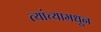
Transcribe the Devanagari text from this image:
त्यांच्यामधून